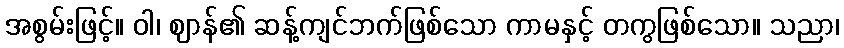
အစွမ်းဖြင့်။ ဝါ၊ ဈာန်၏ ဆန့်ကျင်ဘက်ဖြစ်သော ကာမနှင့် တကွဖြစ်သော။ သညာ၊